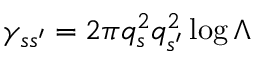
\gamma _ { s s ^ { \prime } } = 2 \pi q _ { s } ^ { 2 } q _ { s ^ { \prime } } ^ { 2 } \log \Lambda